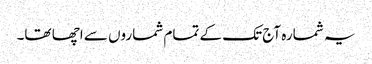
یہ شمارہ آج تک کے تمام شماروں سے اچھا تھا۔